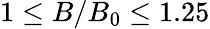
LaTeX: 1\leq B/B_{0}\leq 1.25